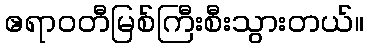
ဧရာဝတီမြစ်ကြီးစီးသွားတယ်။